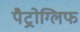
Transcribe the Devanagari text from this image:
पैट्रोग्लिफ